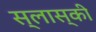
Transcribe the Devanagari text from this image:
स्लास्की